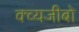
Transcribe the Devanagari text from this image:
क्व्यजीबो